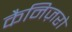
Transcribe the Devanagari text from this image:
कैनिज़रो